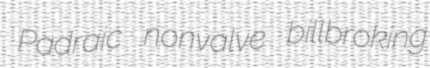
Padraic nonvalve billbroking